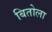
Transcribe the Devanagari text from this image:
बितोला